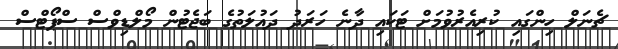
ޗެނަލް ހިންގައި ކުރިއެރުވުމަށް ޓަކައި ދާނެ ހަރަދު ދައުލަތުގެ ބަޖެޓުން މޯލްޑިވްސް ސްޕޯޓްސް